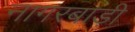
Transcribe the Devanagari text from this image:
नागरबाड़ी